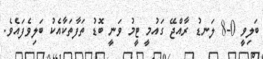
ބަލިވީ 0-8 ލަނޑު ރާއްޖޭ ގައުމީ ޓީމު ވަނީ ބޮޑު ތަފާތަކާއެކު ބަލިވެފައެވެ.